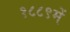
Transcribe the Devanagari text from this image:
१८८९में